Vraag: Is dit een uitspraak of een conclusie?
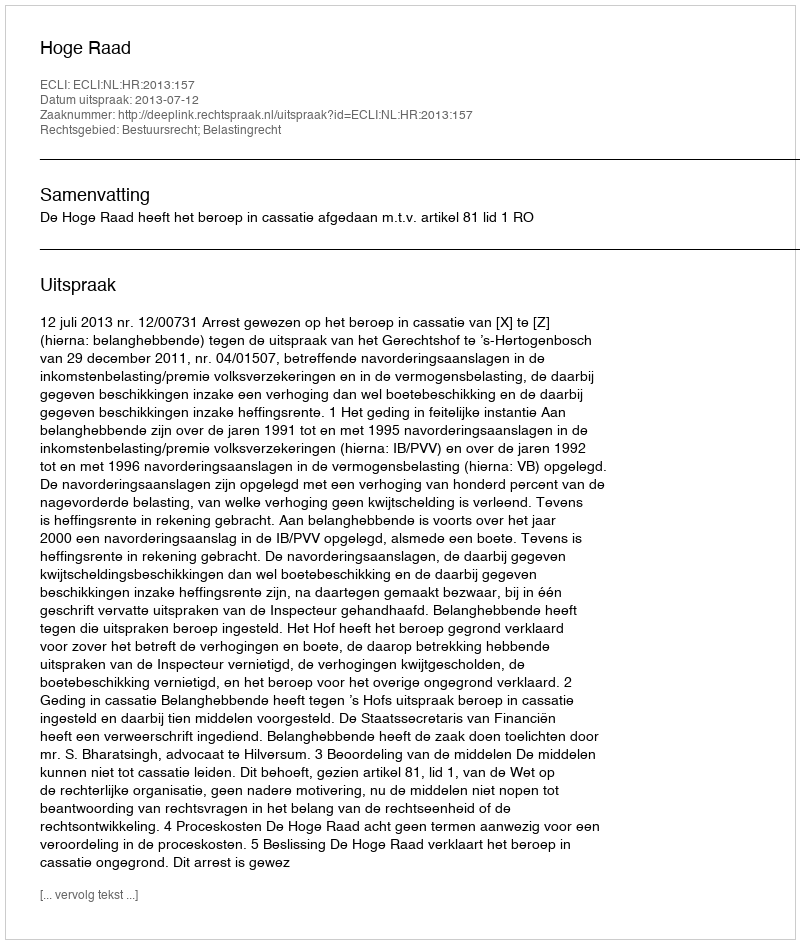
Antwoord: Uitspraak